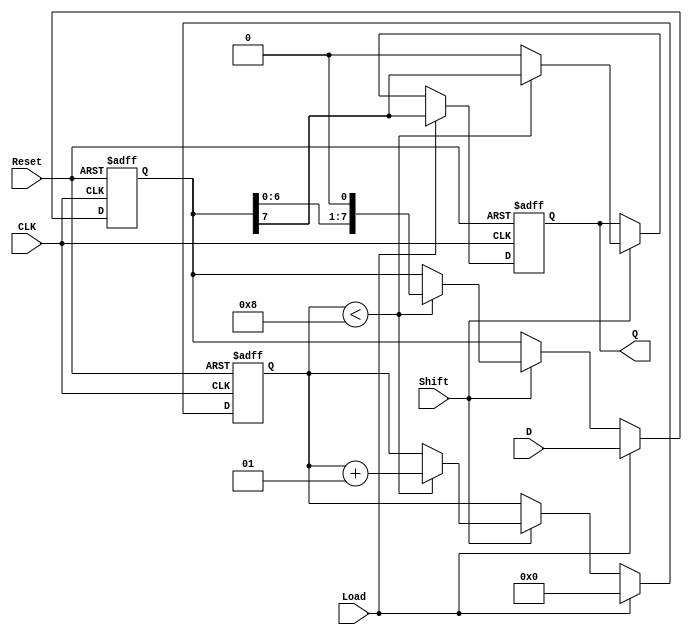
module PISO_Register #(
    parameter n = 8  // Width of the input data
)(
    input wire [n-1:0] D,      // Parallel data input
    input wire Load,           // Load signal
    input wire Shift,          // Shift signal
    input wire CLK,            // Clock signal
    input wire Reset,          // Asynchronous reset signal
    output reg Q              // Serial output
);

    reg [n-1:0] shift_reg;     // Internal shift register
    integer shift_count;        // Counter for shifted bits

    always @(posedge CLK or posedge Reset) begin
        if (Reset) begin
            shift_reg <= {n{1'b0}}; // Clear the shift register
            Q <= 1'b0;              // Reset output
            shift_count <= 0;       // Reset the shift count
        end else begin
            if (Load) begin
                shift_reg <= D;     // Load data into the shift register
                Q <= shift_reg[n-1]; // Output the MSB
                shift_count <= 0;    // Reset shift count on load
            end else if (Shift) begin
                if (shift_count < n) begin
                    Q <= shift_reg[n-1]; // Output the MSB
                    shift_reg <= {shift_reg[n-2:0], 1'b0}; // Shift left
                    shift_count <= shift_count + 1; // Increment shift count
                end else begin
                    Q <= 1'b0; // Output 0 after all bits have been shifted out
                end
            end
        end
    end

endmodule